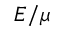
E / \mu